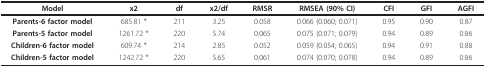
<table><thead><tr><td><b>Model</b></td><td><b>x2</b></td><td><b>df</b></td><td><b>x2/df</b></td><td><b>RMSR</b></td><td><b>RMSEA (90% CI)</b></td><td><b>CFI</b></td><td><b>GFI</b></td><td><b>AGFI</b></td></tr></thead><tbody><tr><td><b>Parents-6 factor model</b></td><td>685.81 *</td><td>211</td><td>3.25</td><td>0.058</td><td>0.066 (0.060; 0.071)</td><td>0.95</td><td>0.90</td><td>0.87</td></tr><tr><td><b>Parents-5 factor model</b></td><td>1261.72 *</td><td>220</td><td>5.74</td><td>0.065</td><td>0.075 (0.071; 0.079)</td><td>0.94</td><td>0.89</td><td>0.86</td></tr><tr><td><b>Children-6 factor model</b></td><td>609.74 *</td><td>214</td><td>2.85</td><td>0.052</td><td>0.059 (0.054; 0.065)</td><td>0.94</td><td>0.91</td><td>0.88</td></tr><tr><td><b>Children-5 factor model</b></td><td>1242.72 *</td><td>220</td><td>5.65</td><td>0.061</td><td>0.074 (0.070; 0.078)</td><td>0.94</td><td>0.89</td><td>0.86</td></tr></tbody></table>